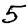
Digit: 5